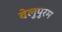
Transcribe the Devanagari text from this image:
वेलुपुरम